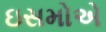
ઇસમોએ